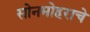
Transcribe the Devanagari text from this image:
सोनमोहराचे